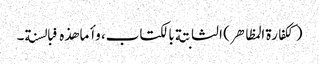
(ککفارة المظاهر) الثابتة بالکتاب، وأما هذه فبالسنة۔